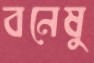
বনেষু